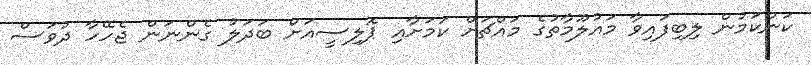
ކަންކަމުން ލިބިފައިވާ މައުލޫމާތުގެ މައްޗަށް ކަމަށާއި ޕޮލިސީއަށް ބަދަލު ގެންނަން ޖެހޭހާ ދުވަސް